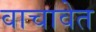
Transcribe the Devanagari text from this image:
वाचावेत